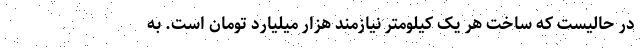
در حالیست که ساخت هر یک کیلومتر نیازمند هزار میلیارد تومان است. به